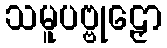
သမူပဗ္ဗုဠှော